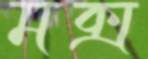
মক্স